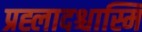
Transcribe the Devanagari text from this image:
प्रह्लादश्चास्मि